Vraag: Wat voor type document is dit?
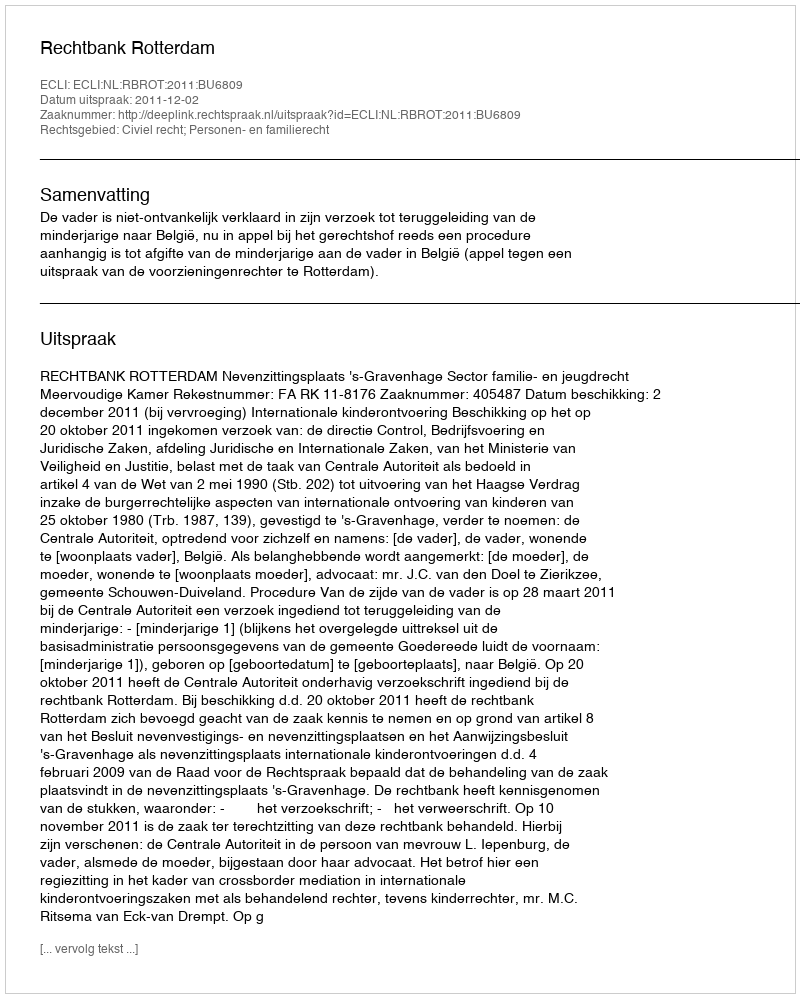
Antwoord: Uitspraak